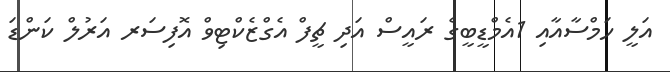
އަލީ ހަމްސާއާއި 1އެމްޑީބީގެ ރައީސް އަދި ޗީފް އެގްޒެކްޓިވް އޮފިސަރ އަރުލް ކަންޑަ